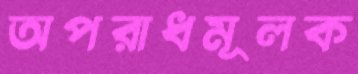
অপরাধমূলক